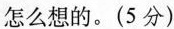
怎么想的。(5分)